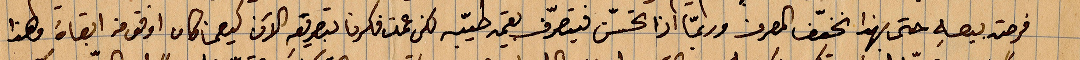
فرصة بيعه حتى بهذا يخفّ المصرف وربّما إزا تحسّن فيتصّرف بقيمة طيبة لكن عملت فكرنا بطريقة الآن كيفما كان اوفق من ابقاه فهذا